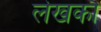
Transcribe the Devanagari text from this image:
लेखकौं